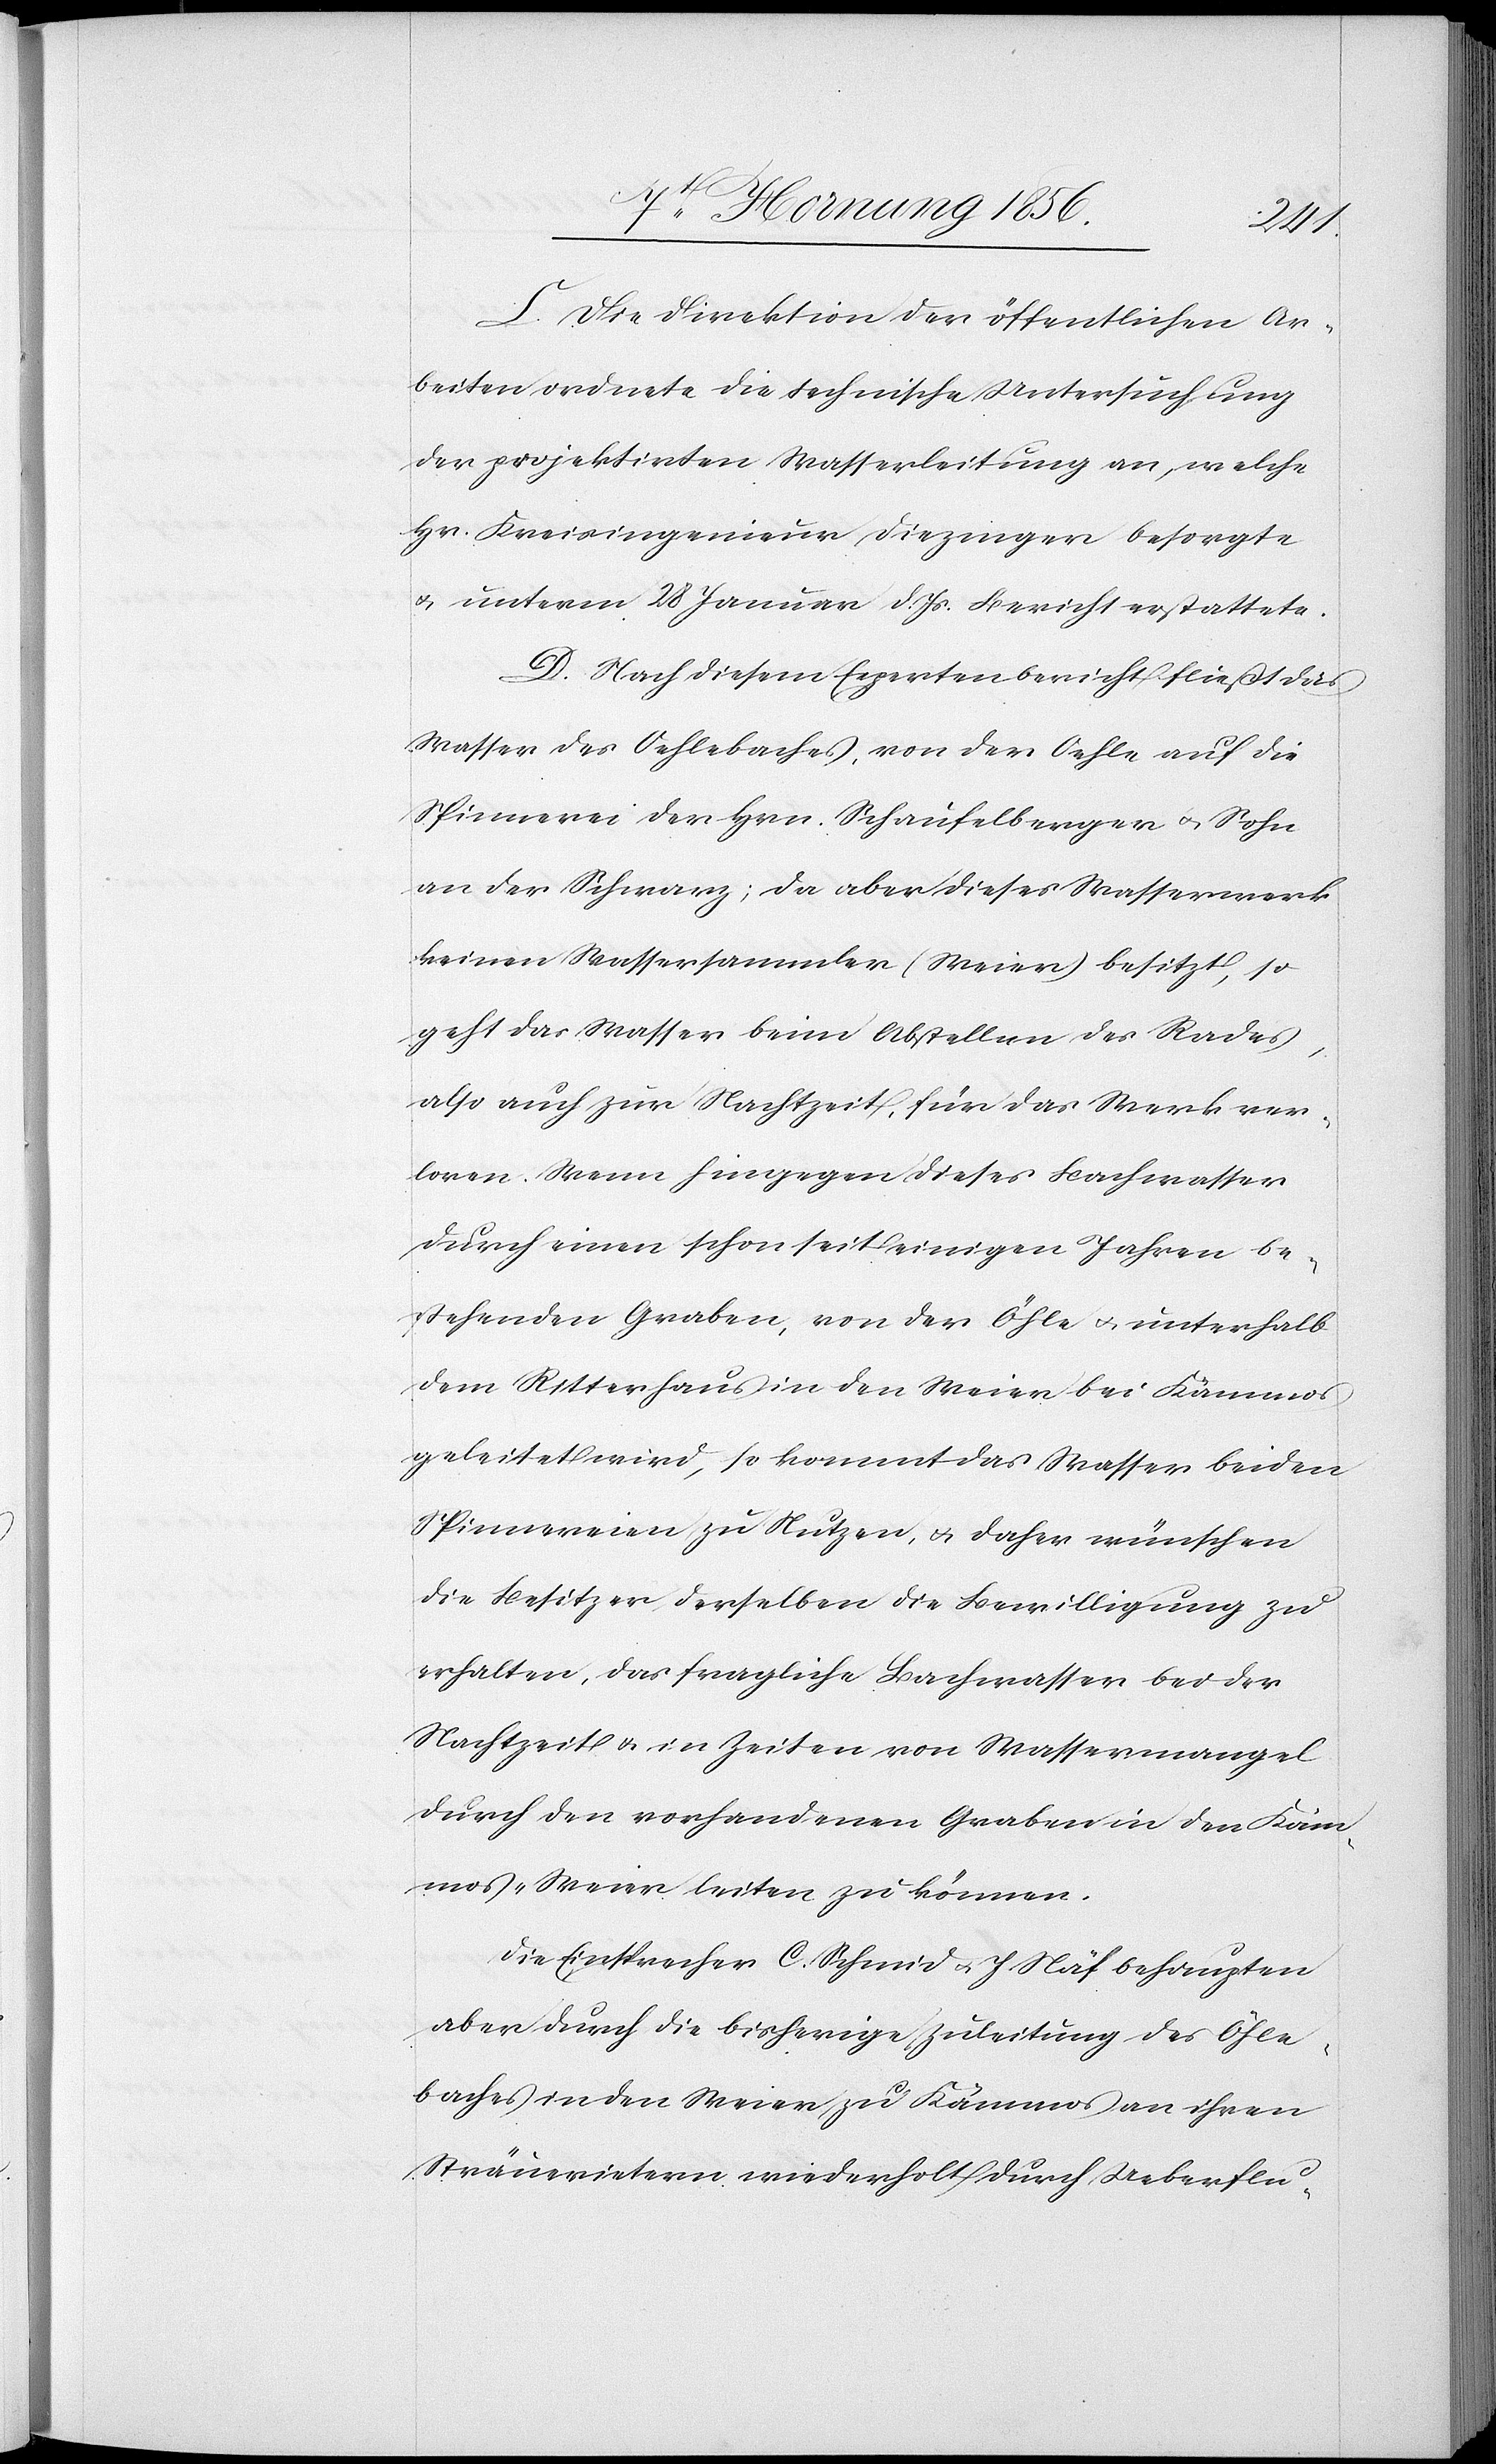
C. Die Direktion der öffentlichen Ar¬
beiten ordnete die technische Untersuchung
der projektirten Wasserleitung an, welche
Hr. Kreisingenieur Diezinger besorgte
u. unterm 28 Januar d. Js. Bericht erstattete.
D. Nach diesem Expertenbericht fließt das
Wasser des Oehlebaches, von der Oehle auf die
Spinnerei der Hrn. Schaufelberger u. Sohn
an der Schwarz; da aber dieses Wasserwerk
keinen Wassersammler (Weier) besitzt, so
geht das Wasser beim Abstellen des Rades,
also auch zur Nachtzeit, für das Werk ver¬
loren. Wenn hingegen dieses Bachwasser
durch einen schon seit einigen Jahren be¬
stehenden Graben, von der Öhle u. unterhalb
dem Ritterhaus in den Weier bei Kämmos
beleitet wird, so kommt das Wasser beiden
Spinnereien zu Nutzen, u. daher wünschen
die Besitzer derselben die Bewilligung zu
erhalten, das fragliche Bachwasser bei der
Nachtzeit u. in Zeiten von Wassermangel
durch den vorhandenen Graben in den Kam¬
mos-Weier leiten zu können.
Die Einsprecher C. Schmid [sic!] u. J. Näf behaupten
aber durch die bisherige Zuleitung des Öhle¬
baches in den Weier zu Kämmos an ihren
Sträuerietern wiederholt durch Ueberflu-